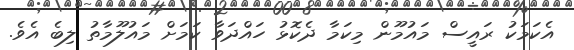
އެކަމަކު ރައީސް މައުމޫން މިކަމާ ދެކޮޅު ހައްދަވާ ކަމަށް މައުލޫމާތު ލިބެ އެވެ.